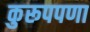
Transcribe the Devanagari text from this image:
कुरूपपणा